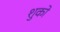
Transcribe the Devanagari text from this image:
शुको